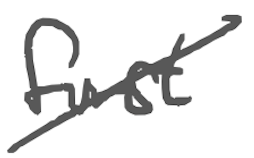
Text: first
Cross-out: diagonal
Writing tool: digital_gray